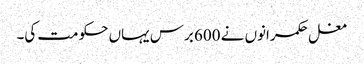
مغل حکمرانوں نے 600 برس یہاں حکومت کی۔